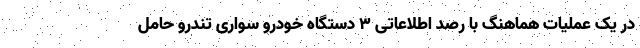
در یک عملیات هماهنگ با رصد اطلاعاتی ۳ دستگاه خودرو سواری تندرو حامل